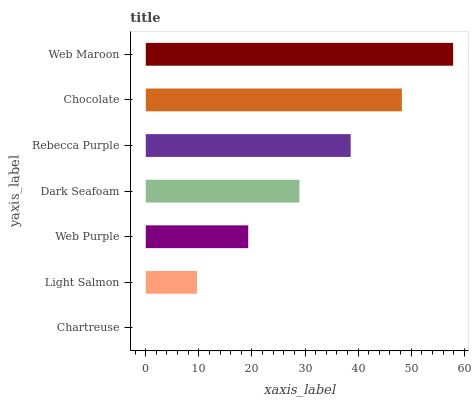
| yaxis_label | bars |
 | --- | --- |
 | Chartreuse | 0 |
 | Light Salmon | 9.65 |
 | Web Purple | 19.3 |
 | Dark Seafoam | 29 |
 | Rebecca Purple | 38.6 |
 | Chocolate | 48.3 |
 | Web Maroon | 57.9 |